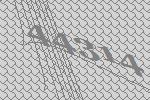
44314